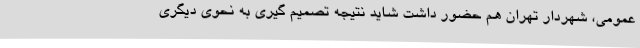
عمومی، شهردار تهران هم حضور داشت شاید نتیجه تصمیم گیری به نحوی دیگری